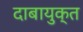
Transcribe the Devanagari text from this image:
दाबायुक्त